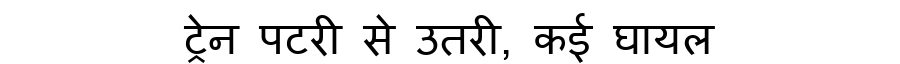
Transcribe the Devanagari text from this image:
ट्रेन पटरी से उतरी, कई घायल